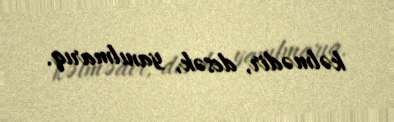
kəlmədir, desək, yanılmarıq.